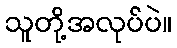
သူတို့အလုပ်ပဲ။